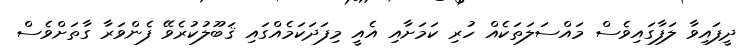
ދީފައިވާ ލަފާގައިވެސް މައްސަލަތަކެއް ހުރި ކަމަށާއި އެއީ މިފަދަކަމެއްގައި ޤަބޫލުކުރެވޭ ފެންވަރާ ގާތަށްވެސް